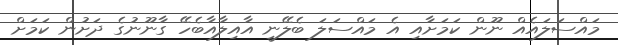
މައްސަލައެއް ނޫން ކަމަށާއި އެ މައްސަލަ ބެލޭނީ އާއިލާއާބެހޭ ގާނޫނުގެ ދަށުން ކަމަށް